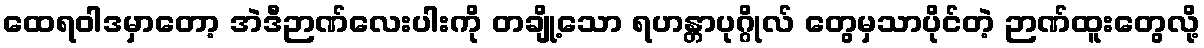
ထေရဝါဒမှာတော့ အဲဒီဉာဏ်လေးပါးကို တချို့သော ရဟန္တာပုဂ္ဂိုလ် တွေမှသာပိုင်တဲ့ ဉာဏ်ထူးတွေလို့